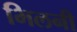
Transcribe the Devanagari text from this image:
भिलनी